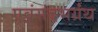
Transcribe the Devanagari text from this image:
एवंसंदभर्ग्रंथ